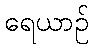
ရေယာဉ်